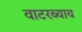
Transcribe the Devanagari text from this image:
वाटरब्याय